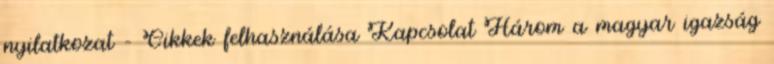
nyilatkozat – Cikkek felhasználása Kapcsolat Három a magyar igazság